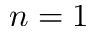
n = 1